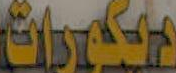
ديكورات